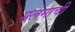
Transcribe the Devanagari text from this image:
सलमाची